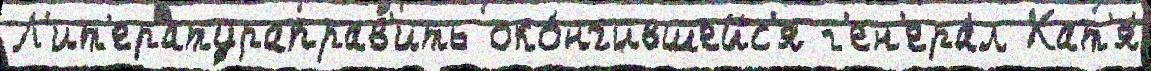
Л'ит'ератураправ'ить око́нчившейс'я г'ен'ера́л Кат'я́